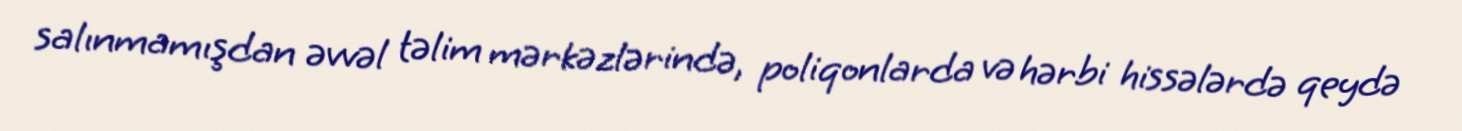
salınmamışdan əvvəl təlim mərkəzlərində, poliqonlarda və hərbi hissələrdə qeydə